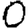
Digit: 0